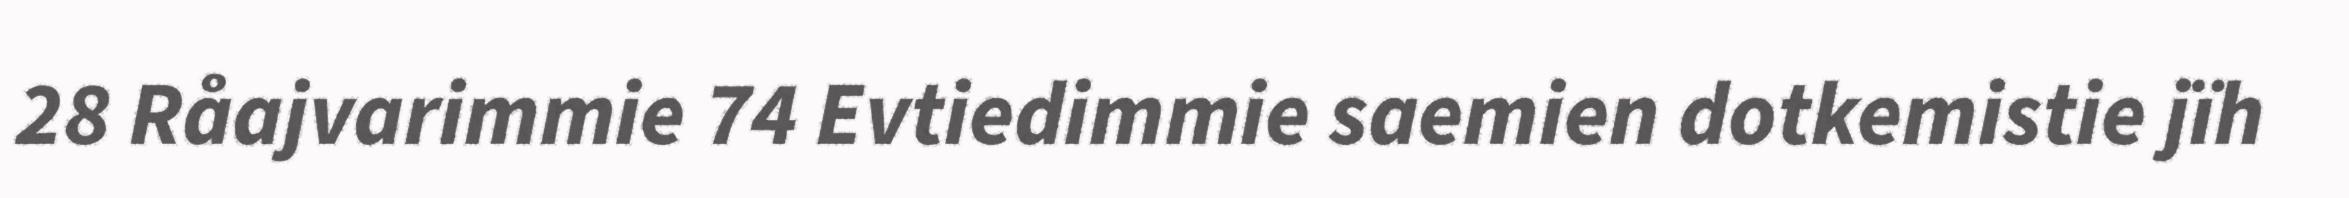
28 Råajvarimmie 74 Evtiedimmie saemien dotkemistie jïh